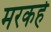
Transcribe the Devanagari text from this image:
मरकहे